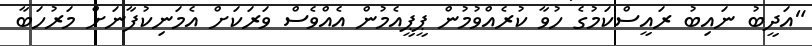
"އަދީބު ނައިބު ރައީސްކަމުގެ ހުވާ ކުރެއްވުމުން ޕީޕީއެމުން އެއްވެސް ވަރަަކަށް އެމަނިކުފާނަށް މަރުހަބާ